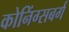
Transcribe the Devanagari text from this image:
कोनिंग्सबर्ग